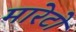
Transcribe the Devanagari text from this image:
मारेटो